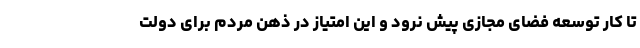
تا کار توسعه فضای مجازی پیش نرود و این امتیاز در ذهن مردم برای دولت